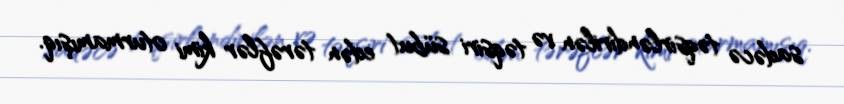
sadəcə təqsirləndirilən və təqsiri sübut edən tərəflər kimi oturmamışıq.